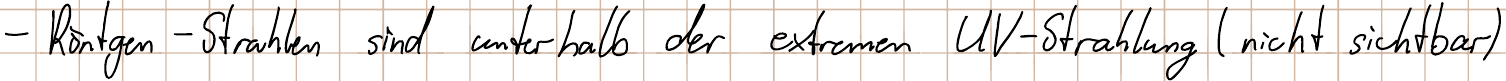
- Röntgen - Strahlen sind unterhalb der extremen UV-Strahlung (nicht sichtbar)